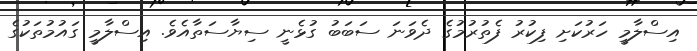
އިސްލާމީ ހަރުކަށި ފިކުރު ފެތުރުމުގެ ދެވަނަ ސަބަބު ގުޅެނީ ސިޔާސަތާއެވެ. އިސްލާމީ ގައުމުތަކުގެ